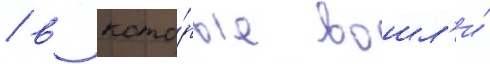
/ в кото́рые вошл'и́